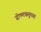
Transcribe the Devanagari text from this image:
ग्रीष्मऋतूच्या